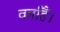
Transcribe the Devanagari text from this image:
वर्माहैं।